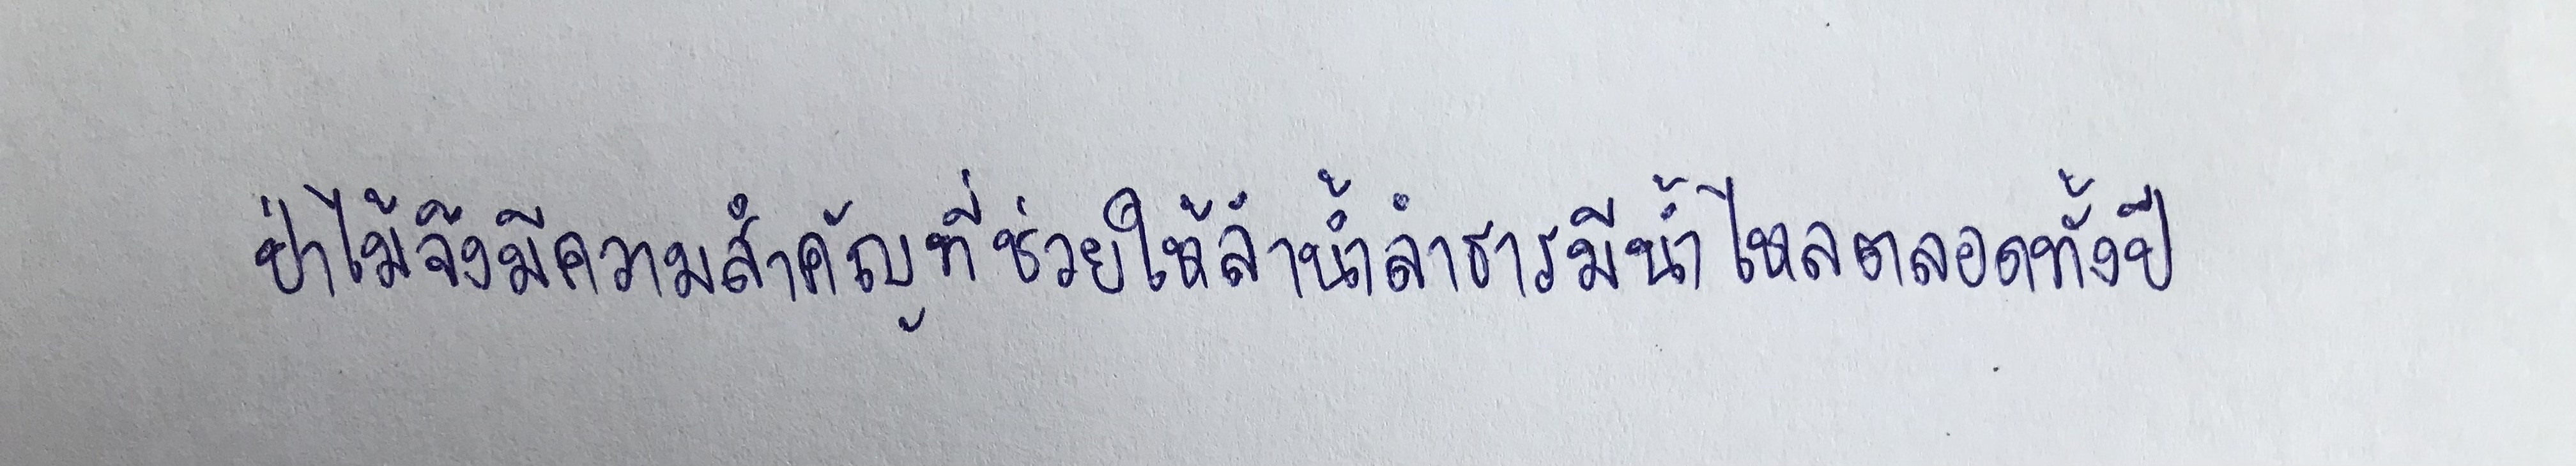
ป่าไม้จึงมีความสำคัญที่ช่วยให้ลำน้ำลำธารมีน้ำไหลตลอดทั้งปี